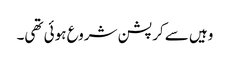
وہیں سے کرپشن شروع ہوئی تھی۔